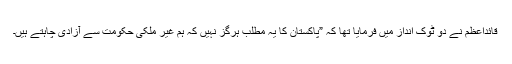
قائداعظم نے دو ٹوک انداز میں فرمایا تھا کہ ”پاکستان کا یہ مطلب ہرگز نہیں کہ ہم غیر ملکی حکومت سے آزادی چاہتے ہیں۔